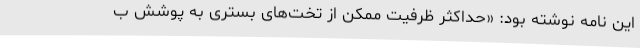
این نامه نوشته بود: «حداکثر ظرفیت ممکن از تخت‌های بستری به پوشش ب